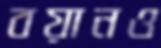
বয়ানও